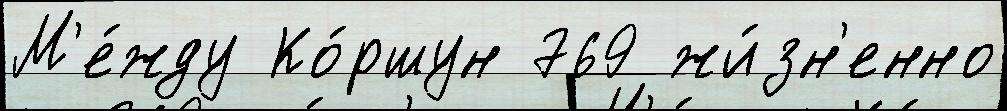
М'е́жду Ко́ршун 769 жи́зн'енно